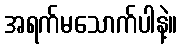
အရက်မသောက်ပါနဲ့။